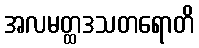
အလမတ္ထဒသတရောတိ